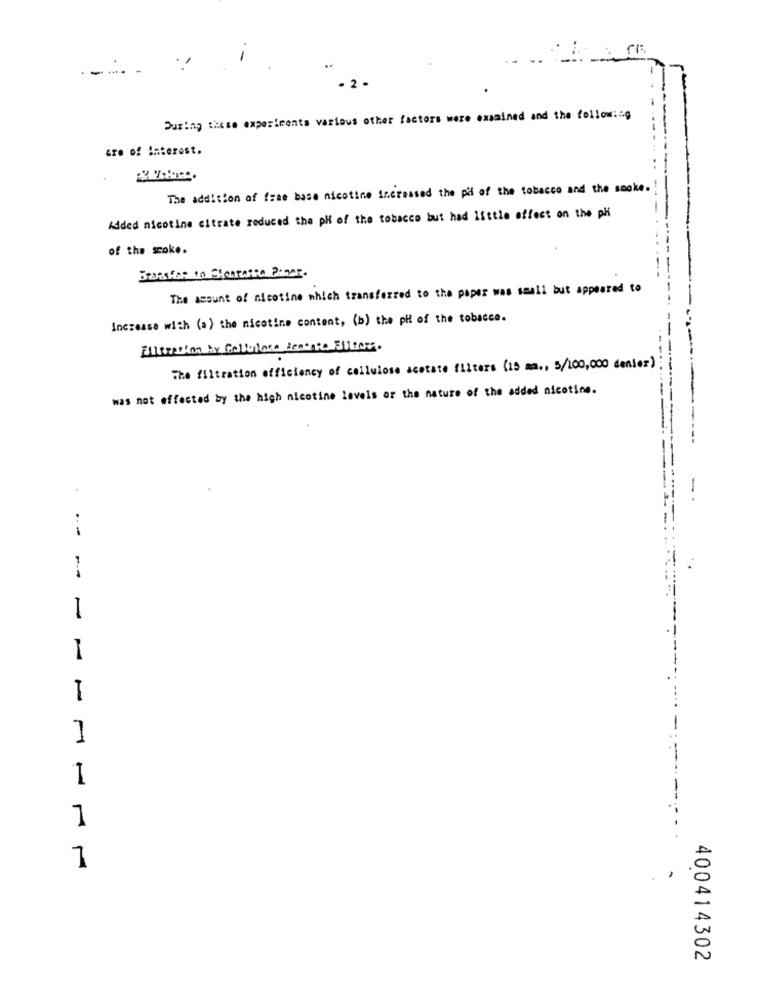
-...
. 2 -
During these experiments various other factors were examined and the follow :: g
are of interest.
The addition of frae base nicotine increased the pH of the tobacco and the smoke.
Added nicotine citrate reduced the pH of the tobacco but had little effect on the pH
of the soke.
Beatsfor to Stearatea Pagar.
The amount of nicotine which transferred to the paper was small but appeared to
Increase with (a) the nicotine content, (b) the pH of the tobacco.
Elltrenton by Cellulare Reactie BUDav.
The filtration efficiency of cellulose acetate filters (15 ma ., 5/100,000 denier)
was not affected by the high nicotine levels or the nature of the added nicotine.
.
-
---
--
I
1
1
1
7
400414302